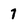
Character: 1